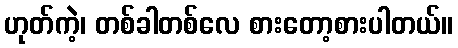
ဟုတ်ကဲ့၊ တစ်ခါတစ်လေ စားတော့စားပါတယ်။